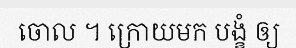
ចោល ។ ក្រោយមក បង្ខំ ឲ្យ